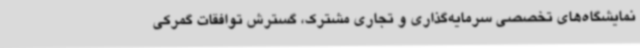
نمایشگاه‌های تخصصی سرمایه‌گذاری و تجاری مشترک، گسترش توافقات گمرکی